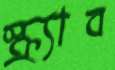
স্ক্র্যাব